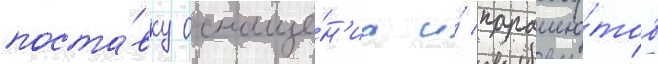
поста́вку оснаще́н'иа и́ парашю́тов